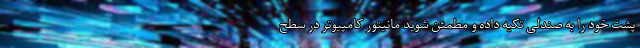
پشت خود را به صندلی تکیه داده و مطمئن شوید مانیتور کامپیوتر در سطح